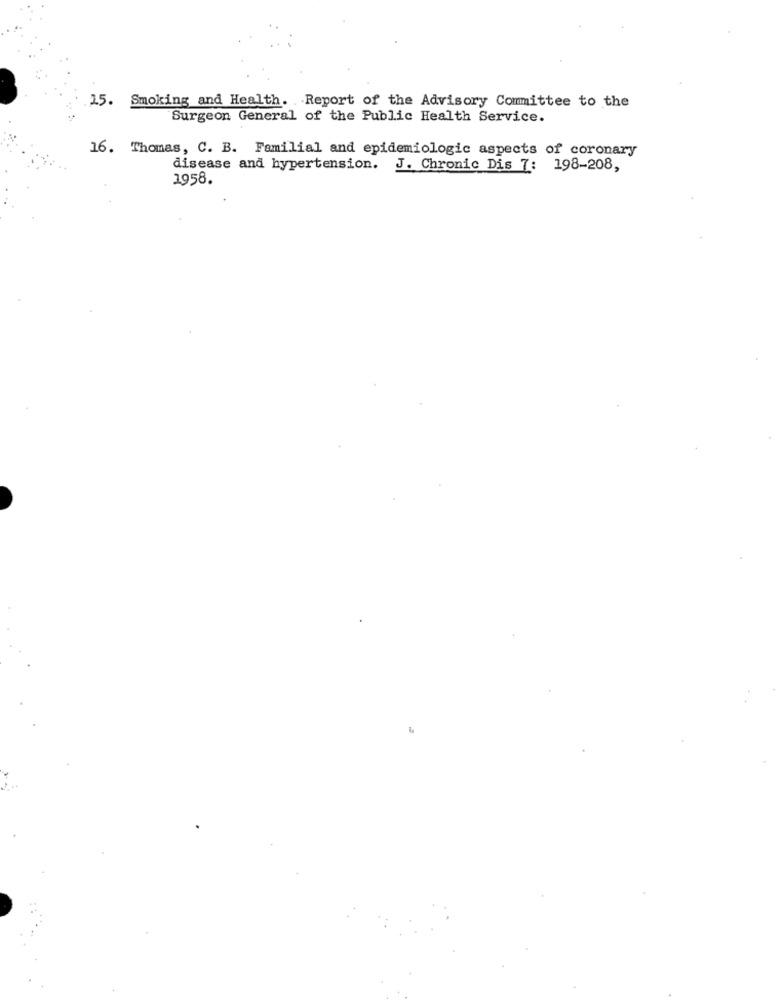
15. Smoking and Health. Report of the Advisory Committee to the
Surgeon General of the Public Health Service.
16. Thomas, C. B. Familial and epidemiologic aspects of coronary
disease and hypertension. J. Chronic Dis 7: 198-208,
1958.